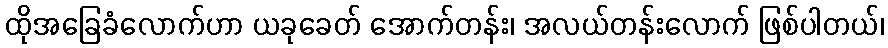
ထိုအခြေခံလောက်ဟာ ယခုခေတ် အောက်တန်း၊ အလယ်တန်းလောက် ဖြစ်ပါတယ်၊